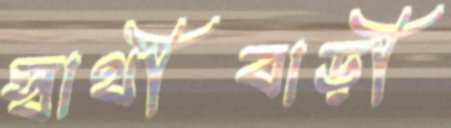
স্বাথীবাড়ী